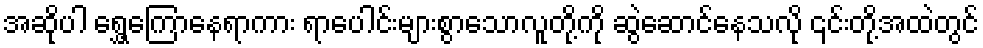
အဆိုပါ ရွှေ့ကြောနေရာကား ရာပေါင်းများစွာသောလူတို့ကို ဆွဲဆောင်နေသလို ၎င်းတို့အထဲတွင်